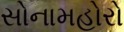
સોનામહોરો